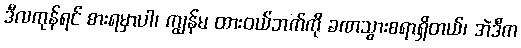
ဒီလကုန်ရင် စားရမှာပါ၊ ကျွန်မ ထားဝယ်ဘက်ကို ခဏသွားစရာရှိတယ်၊ အဲဒီက